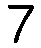
7